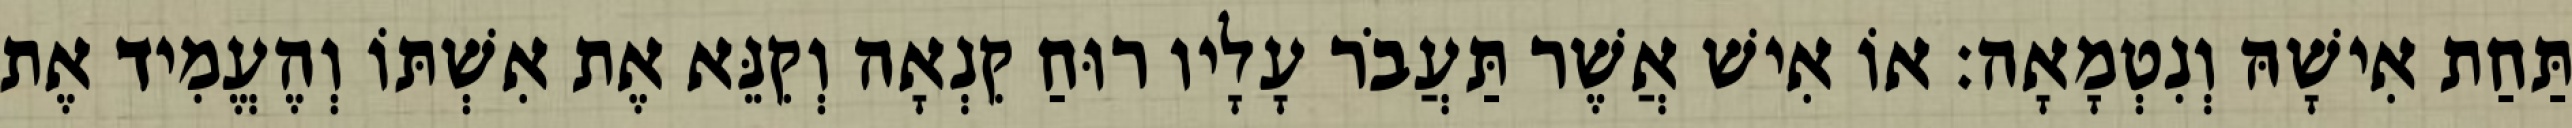
תַּחַת אִישָׁהּ וְנִטְמָאָה׃ אוֹ אִישׁ אֲשֶׁר תַּעֲבֹר עָלָיו רוּחַ קִנְאָה וְקִנֵּא אֶת אִשְׁתּוֹ וְהֶעֱמִיד אֶת